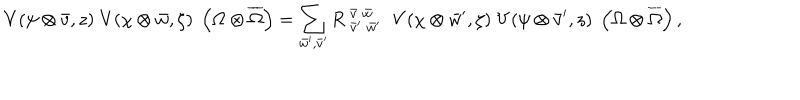
V ( \psi \otimes \bar { v } , z ) \; V ( \chi \otimes \bar { w } , \zeta ) \; \left( \Omega \otimes \overline { { { \Omega } } } \right) = \sum _ { \bar { w } ^ { \prime } , \bar { v } ^ { \prime } } { R \; } _ { \bar { v } ^ { \prime } \; \bar { w } ^ { \prime } } ^ { \bar { v } \; \bar { w } } \; \; V ( \chi \otimes \bar { w } ^ { \prime } , \zeta ) \; V ( \psi \otimes \bar { v } ^ { \prime } , z ) \; \left( \Omega \otimes \overline { { { \Omega } } } \right) ,